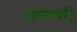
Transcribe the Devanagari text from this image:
सारणारी